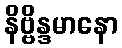
နိဗ္ဗိန္ဒမာနော